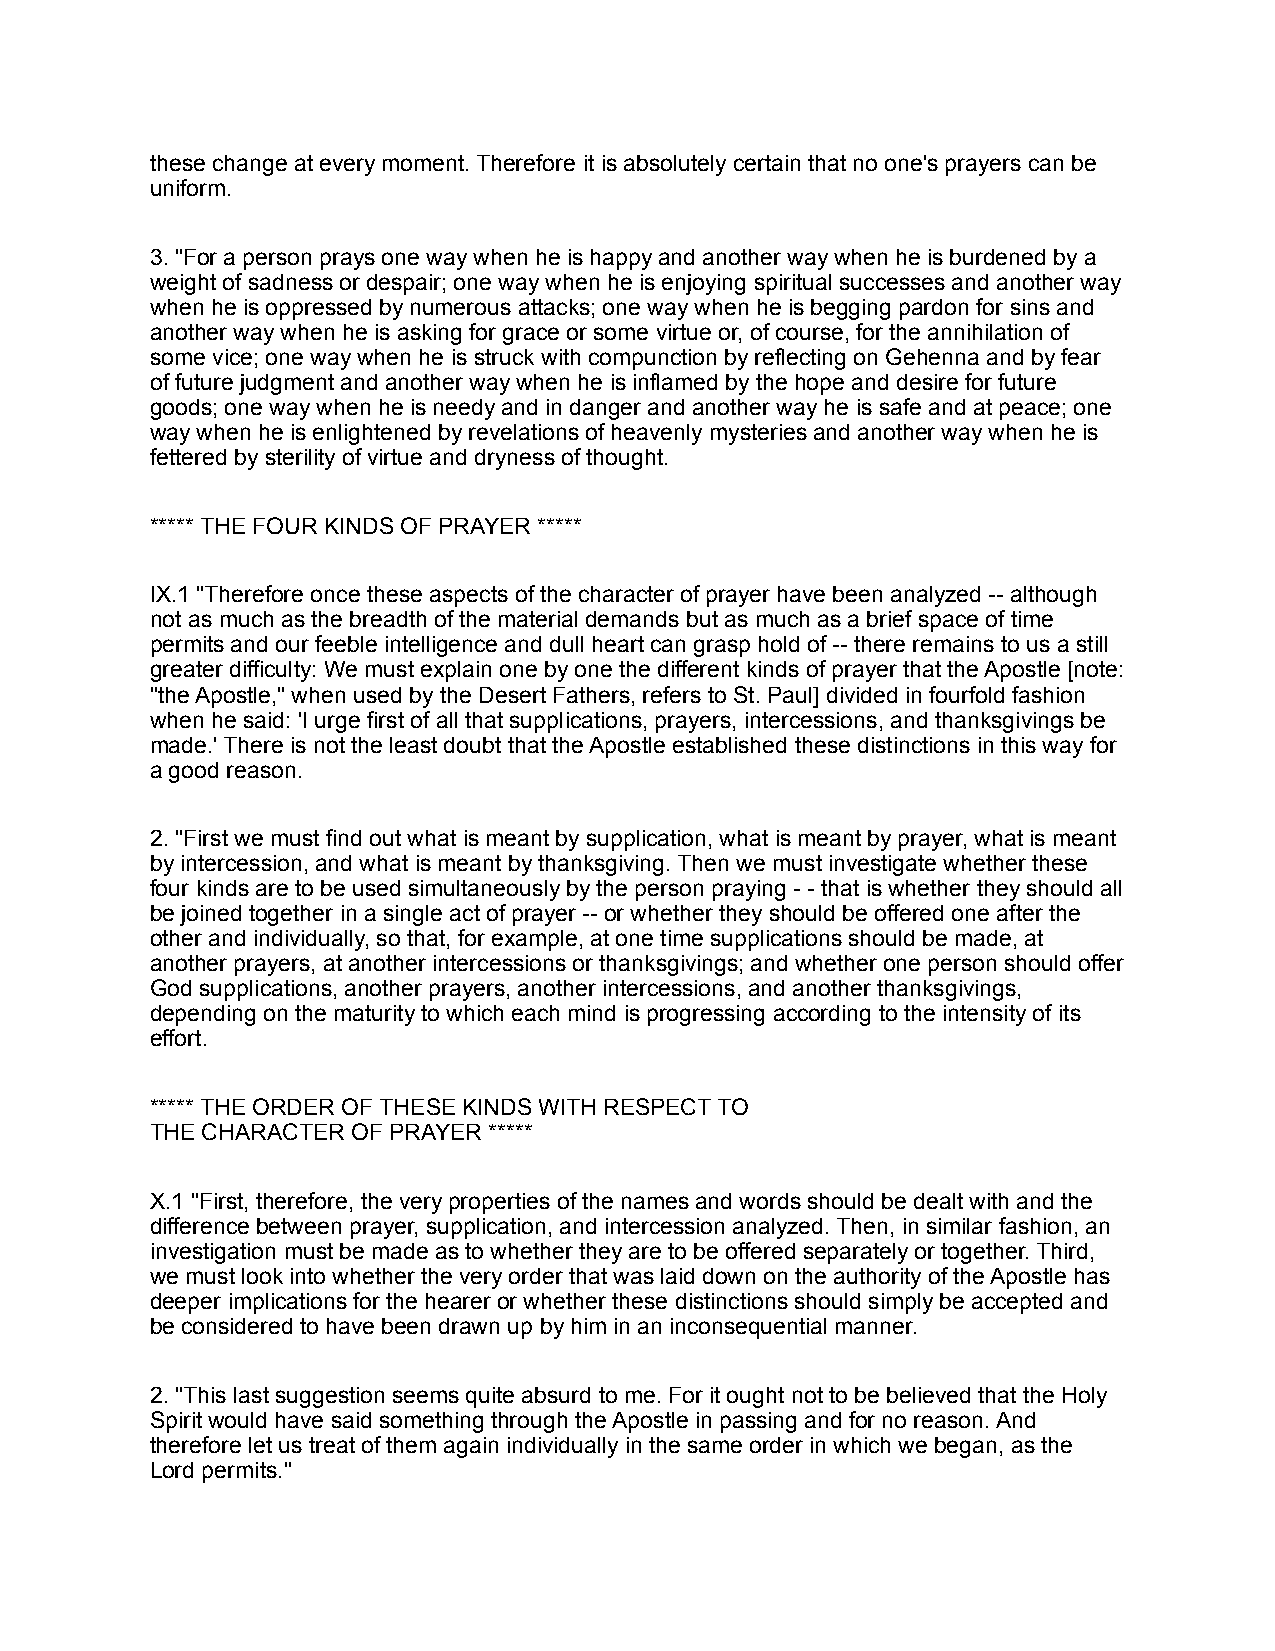
these change at every moment. Therefore it is absolutely certain that no one's prayers can be
 uniform.
 3. "For a person prays one way when he is happy and another way when he is burdened by a
 weight of sadness or despair; one way when he is enjoying spiritual successes and another way
 when he is oppressed by numerous attacks; one way when he is begging pardon for sins and
 another way when he is asking for grace or some virtue or, of course, for the annihilation of
 some vice; one way when he is struck with compunction by reflecting on Gehenna and by fear
 of future judgment and another way when he is inflamed by the hope and desire for future
 goods; one way when he is needy and in danger and another way he is safe and at peace; one
 way when he is enlightened by revelations of heavenly mysteries and another way when he is
 fettered by sterility of virtue and dryness of thought.
 ***** THE FOUR KINDS OF PRAYER *****
 IX.1 "Therefore once these aspects of the character of prayer have been analyzed -- although
 not as much as the breadth of the material demands but as much as a brief space of time
 permits and our feeble intelligence and dull heart can grasp hold of -- there remains to us a still
 greater difficulty: We must explain one by one the different kinds of prayer that the Apostle [note:
 "the Apostle," when used by the Desert Fathers, refers to St. Paul] divided in fourfold fashion
 when he said: 'I urge first of all that supplications, prayers, intercessions, and thanksgivings be
 made.' There is not the least doubt that the Apostle established these distinctions in this way for
 a good reason.
 2. "First we must find out what is meant by supplication, what is meant by prayer, what is meant
 by intercession, and what is meant by thanksgiving. Then we must investigate whether these
 four kinds are to be used simultaneously by the person praying - - that is whether they should all
 be joined together in a single act of prayer -- or whether they should be offered one after the
 other and individually, so that, for example, at one time supplications should be made, at
 another prayers, at another intercessions or thanksgivings; and whether one person should offer
 God supplications, another prayers, another intercessions, and another thanksgivings,
 depending on the maturity to which each mind is progressing according to the intensity of its
 effort.
 ***** THE ORDER OF THESE KINDS WITH RESPECT TO
 THE CHARACTER OF PRAYER *****
 X.1 "First, therefore, the very properties of the names and words should be dealt with and the
 difference between prayer, supplication, and intercession analyzed. Then, in similar fashion, an
 investigation must be made as to whether they are to be offered separately or together. Third,
 we must look into whether the very order that was laid down on the authority of the Apostle has
 deeper implications for the hearer or whether these distinctions should simply be accepted and
 be considered to have been drawn up by him in an inconsequential manner.
 2. "This last suggestion seems quite absurd to me. For it ought not to be believed that the Holy
 Spirit would have said something through the Apostle in passing and for no reason. And
 therefore let us treat of them again individually in the same order in which we began, as the
 Lord permits."